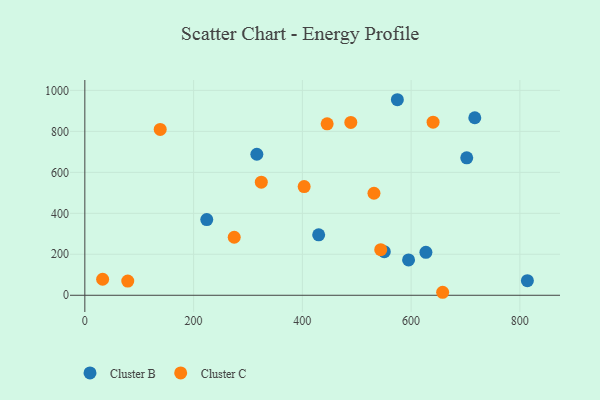
{"axis": {"x": "Experience", "y": "Yield"}, "legend": ["Cluster B", "Cluster C"], "data": [{"x": "550.7", "y": 213.0, "type": "Cluster B"}, {"x": "316.3", "y": 688.3, "type": "Cluster B"}, {"x": "595.3", "y": 172.4, "type": "Cluster B"}, {"x": "813.8", "y": 71.4, "type": "Cluster B"}, {"x": "430.0", "y": 295.1, "type": "Cluster B"}, {"x": "717.1", "y": 866.4, "type": "Cluster B"}, {"x": "627.2", "y": 209.7, "type": "Cluster B"}, {"x": "224.2", "y": 369.4, "type": "Cluster B"}, {"x": "702.3", "y": 670.8, "type": "Cluster B"}, {"x": "574.7", "y": 954.5, "type": "Cluster B"}, {"x": "544.1", "y": 222.4, "type": "Cluster C"}, {"x": "658.0", "y": 14.6, "type": "Cluster C"}, {"x": "403.3", "y": 530.7, "type": "Cluster C"}, {"x": "531.7", "y": 498.0, "type": "Cluster C"}, {"x": "78.9", "y": 69.1, "type": "Cluster C"}, {"x": "445.6", "y": 836.7, "type": "Cluster C"}, {"x": "138.6", "y": 809.3, "type": "Cluster C"}, {"x": "32.7", "y": 78.1, "type": "Cluster C"}, {"x": "324.5", "y": 552.2, "type": "Cluster C"}, {"x": "274.7", "y": 283.1, "type": "Cluster C"}, {"x": "640.4", "y": 844.8, "type": "Cluster C"}, {"x": "489.1", "y": 843.9, "type": "Cluster C"}]}